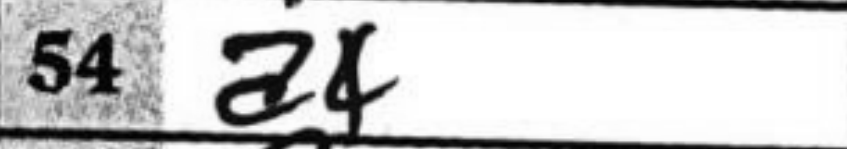
Transcription: a4